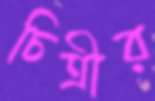
চিত্রীর